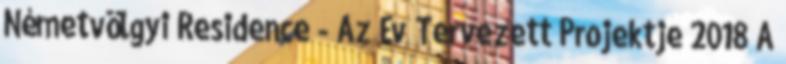
Németvölgyi Residence - Az Év Tervezett Projektje 2018 A